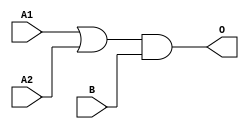
module MJGB12A(A1, A2, B, O);
input   A1;
input   A2;
input   B;
output  O;
or g0(w0, A1, A2);
and g1(O, w0, B);
endmodule